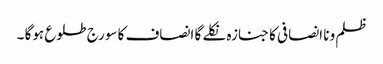
ظلم ونا انصافی کا جنازہ نکلے گا انصاف کا سورج طلوع ہوگا ۔